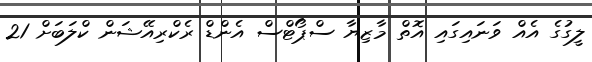
ލީގުގެ އެއް ވަނައިގައި އޮތް މާޒިޔާ ސްޕޯޓްސް އެންޑް ރެކްރިއޭޝަން ކްލަބަށް 21